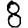
Digit: 8